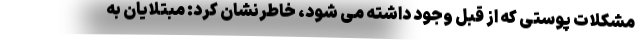
مشکلات پوستی که از قبل وجود داشته می شود، خاطرنشان کرد: مبتلایان به